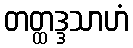
တတ္ထဒ္ဒသာဟံ